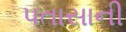
પતાસાની